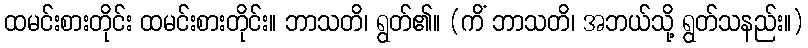
ထမင်းစားတိုင်း ထမင်းစားတိုင်း။ ဘာသတိ၊ ရွတ်၏။ (ကိံ ဘာသတိ၊ အဘယ်သို့ ရွတ်သနည်း။)